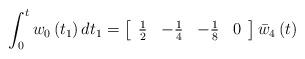
LaTeX: \begin{align*}\int_{0}^{t}w_{0}\left( t_{1}\right) dt_{1}=\left[ \begin{array}{cccc}\frac{1}{2} & -\frac{1}{4} & -\frac{1}{8} & 0\end{array}\right] \bar{w}_{4}\left( t\right) \end{align*}